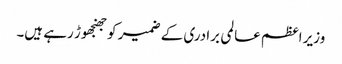
وزیر اعظم عالمی برادری کے ضمیر کو جھنجھوڑ رہے ہیں۔